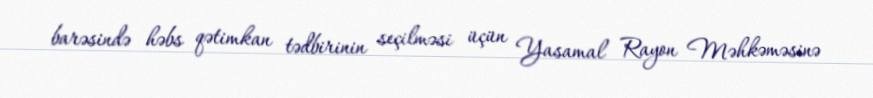
barəsində həbs qətimkan tədbirinin seçilməsi üçün Yasamal Rayon Məhkəməsinə